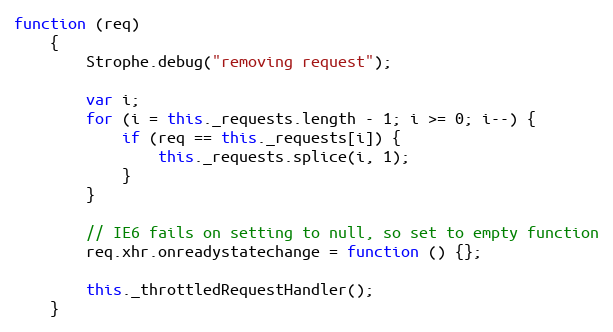
Language: JavaScript
function (req)
    {
        Strophe.debug("removing request");

        var i;
        for (i = this._requests.length - 1; i >= 0; i--) {
            if (req == this._requests[i]) {
                this._requests.splice(i, 1);
            }
        }

        // IE6 fails on setting to null, so set to empty function
        req.xhr.onreadystatechange = function () {};

        this._throttledRequestHandler();
    }